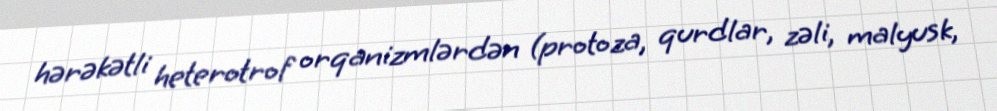
hərəkətli heterotrof orqanizmlərdən (protoza, qurdlar, zəli, malyusk,